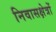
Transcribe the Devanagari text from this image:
निवासक्षेत्रों